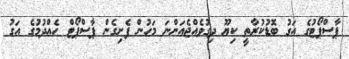
ޕާސްޕޯޓުގެ އަގު ބޮޑުކުރާތީ ކިޔޫ ދިގުވެއްޖެއަންނަ މަހުން ފެށިގެން ޕާސްޕޯޓް ހެއްދުމުގެ އަގު